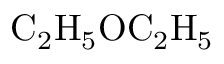
\mathrm { C _ { 2 } H _ { 5 } O C _ { 2 } H _ { 5 } }